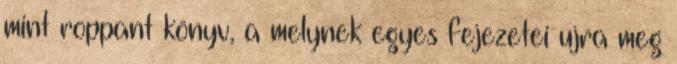
mint roppant könyv, a melynek egyes fejezetei ujra meg